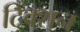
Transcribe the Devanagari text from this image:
टिंक्शन